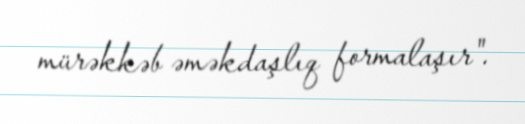
mürəkkəb əməkdaşlıq formalaşır".